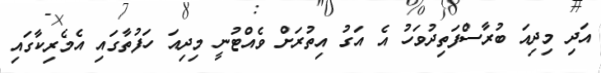
އަދި މިދިއަ ބުރާސްފަތިދުވަހު އެ އަގު އިތުރަށް ވެއްޓުނީ މިދިއަ ހަފުތާގައި އެމެރިކާގައި